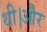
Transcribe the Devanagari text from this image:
थी।और